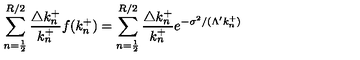
\sum _ { n = \frac { 1 } { 2 } } ^ { R / 2 } \frac { \triangle k _ { n } ^ { + } } { k _ { n } ^ { + } } f ( k _ { n } ^ { + } ) = \sum _ { n = \frac { 1 } { 2 } } ^ { R / 2 } \frac { \triangle k _ { n } ^ { + } } { k _ { n } ^ { + } } e ^ { - \sigma ^ { 2 } / ( \Lambda ^ { \prime } k _ { n } ^ { + } ) }